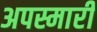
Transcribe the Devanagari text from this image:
अपस्मारी